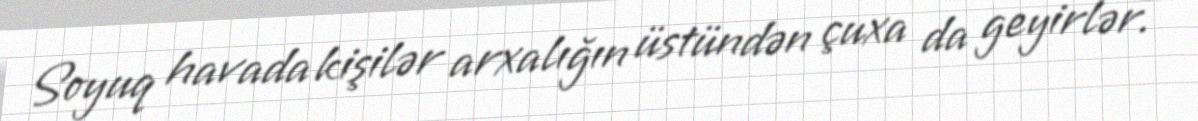
Soyuq havada kişilər arxalığın üstündən çuxa da geyirlər.